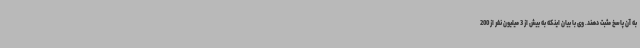
به آن پاسخ مثبت دهند. وی با بیان اینکه به بیش از 3 میلیون نفر از 200